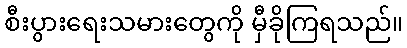
စီးပွားရေးသမားတွေကို မှီခိုကြရသည်။